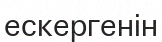
ескергенін